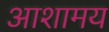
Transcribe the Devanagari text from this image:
आशामय